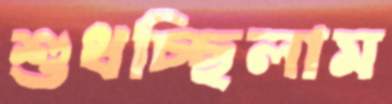
শুধচ্ছিলাম